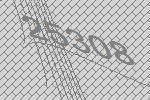
25308